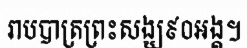
រាបបាត្រព្រះសង្ឃ៩០អង្គ។